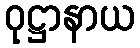
ဝုဋ္ဌာနာယ